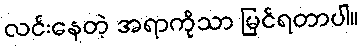
လင်းနေတဲ့ အရာကိုသာ မြင်ရတာပါ။